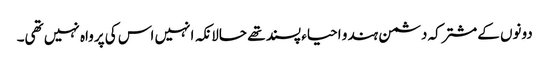
دونوں کےمشترکہ دشمن ہندو احیاء پسند تھے حالانکہ انہیں اس کی پرواہ نہیں تھی۔